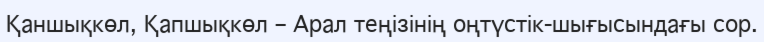
Қаншықкөл, Қапшықкөл – Арал теңізінің оңтүстік-шығысындағы сор.